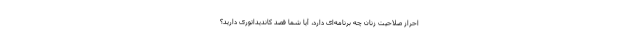
احراز صلاحیت‌ زنان چه برنامه‌ای دارد، آیا شما قصد کاندیداتوری دارید؟